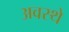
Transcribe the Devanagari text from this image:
अवस्थे